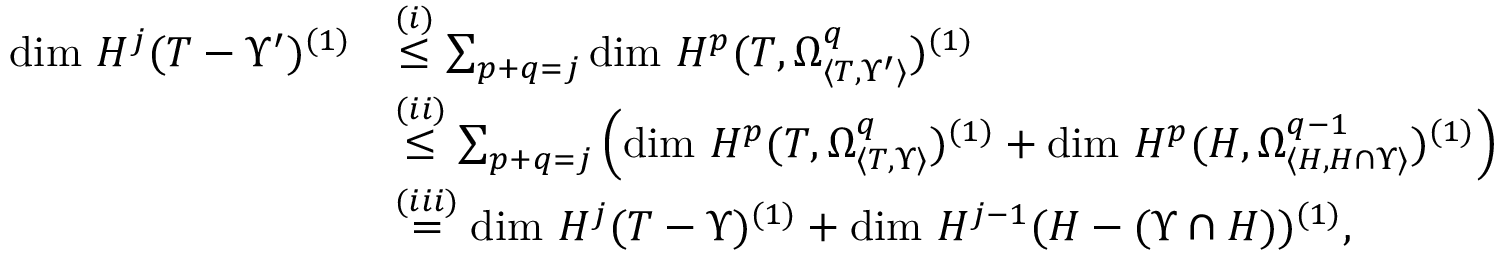
\begin{array} { r l } { \mathrm { d i m } \ H ^ { j } ( T - \Upsilon ^ { \prime } ) ^ { ( 1 ) } } & { \stackrel { ( i ) } { \leq } \sum _ { p + q = j } \mathrm { d i m } \ H ^ { p } ( T , \Omega _ { \langle T , \Upsilon ^ { \prime } \rangle } ^ { q } ) ^ { ( 1 ) } } \\ & { \stackrel { ( i i ) } { \leq } \sum _ { p + q = j } \left( \mathrm { d i m } \ H ^ { p } ( T , \Omega _ { \langle T , \Upsilon \rangle } ^ { q } ) ^ { ( 1 ) } + \mathrm { d i m } \ H ^ { p } ( H , \Omega _ { \langle H , H \cap \Upsilon \rangle } ^ { q - 1 } ) ^ { ( 1 ) } \right) } \\ & { \stackrel { ( i i i ) } { = } \mathrm { d i m } \ H ^ { j } ( T - \Upsilon ) ^ { ( 1 ) } + \mathrm { d i m } \ H ^ { j - 1 } ( H - ( \Upsilon \cap H ) ) ^ { ( 1 ) } , } \end{array}